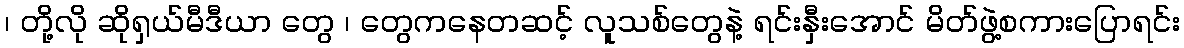
၊ တို့လို ဆိုရှယ်မီဒီယာ တွေ ၊ တွေကနေတဆင့် လူသစ်တွေနဲ့ ရင်းနှီးအောင် မိတ်ဖွဲ့စကားပြောရင်း